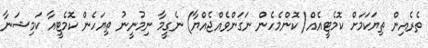
ތެރެއިން ތިޔަކަމަށް ކޮމެޓީއެއް( ކޮންމެހެން ނަގަންވެއްޖެއްޔާ) ނެގީމާ ނިމުނީނު ތިޔަހެން ކޮމެޓީއާ ކަމިޝަނާ